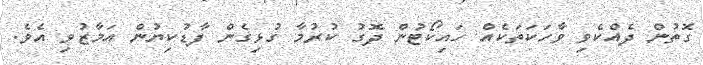
ގޮތުން ދެއްކެވި ވާހަކަތަކެއް ހައިކޯޓުން ދޮގު ކުރުމާ ގުޅިގެން ފާޑުކިޔުން އަމާޒުވި އެވެ.